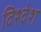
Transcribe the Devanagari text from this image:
विश्‍वेश